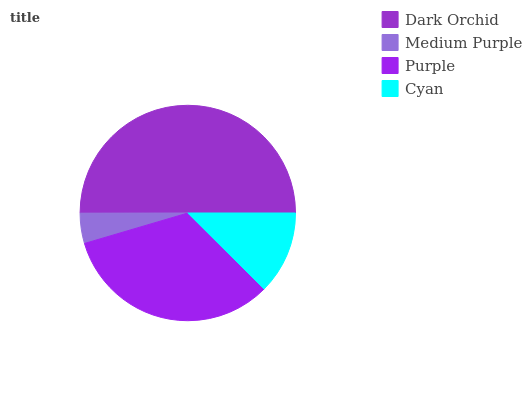
| Dark Orchid | Medium Purple | Purple | Cyan |
 | --- | --- | --- | --- |
 | 50% | 4.54% | 33% | 12.5% |